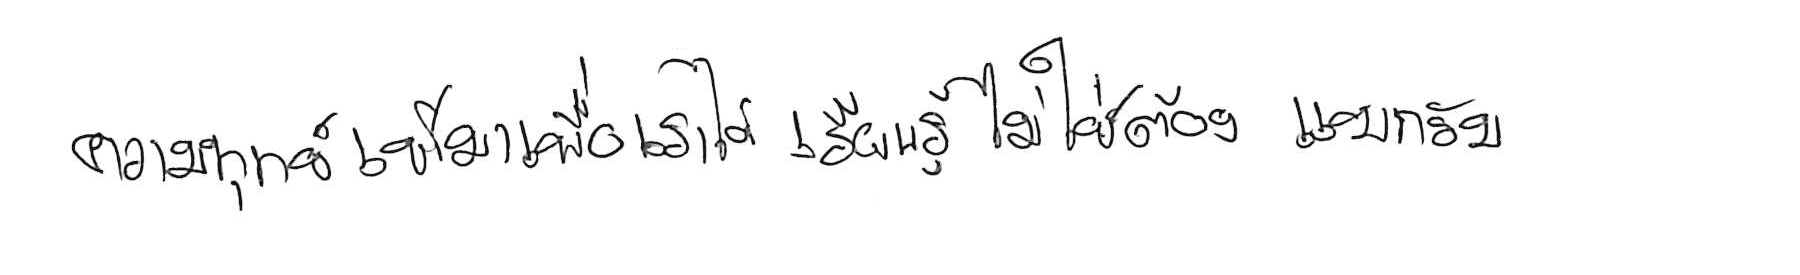
ความทุกข์ เข้ามาเพื่อให้เราได้ เรียนรู้ ไม่ใช่ต้อง แบกรับ